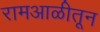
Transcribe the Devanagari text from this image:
रामआळीतून